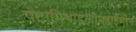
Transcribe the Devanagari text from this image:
पेंटामिथाइलीनडाईमीन